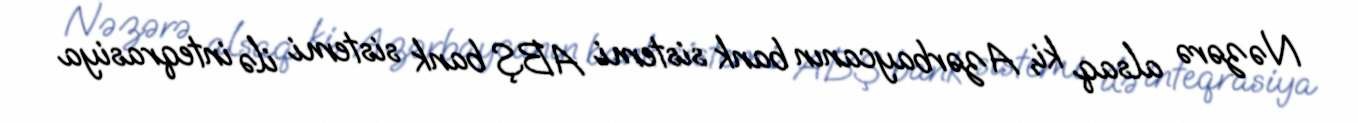
Nəzərə alsaq ki, Azərbaycanın bank sistemi ABŞ bank sistemi ilə inteqrasiya